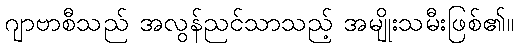
ဂျာဗာစီသည် အလွန်ညင်သာသည့် အမျိုးသမီးဖြစ်၏။